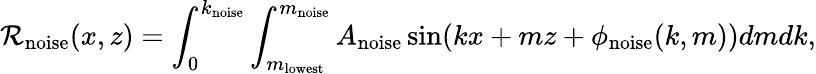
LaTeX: \mathcal{R}_{\textrm{noise}}(x,z)=\int_{0}^{k_{\textrm{noise}}}\int_{m_{\textrm{lowest}}}^{m_{\textrm{noise}}}A_{\textrm{noise}}\sin(kx+mz+\phi_{\textrm{noise}}(k,m))dmdk,